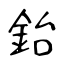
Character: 鈶